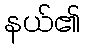
နယ်၏